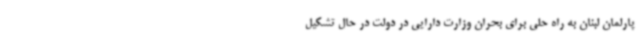
پارلمان لبنان به راه حلی برای بحران وزارت دارایی در دولت در حال تشکیل